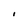
Character: I